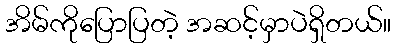
အိမ်ကိုပြောပြတဲ့ အဆင့်မှာပဲရှိတယ်။